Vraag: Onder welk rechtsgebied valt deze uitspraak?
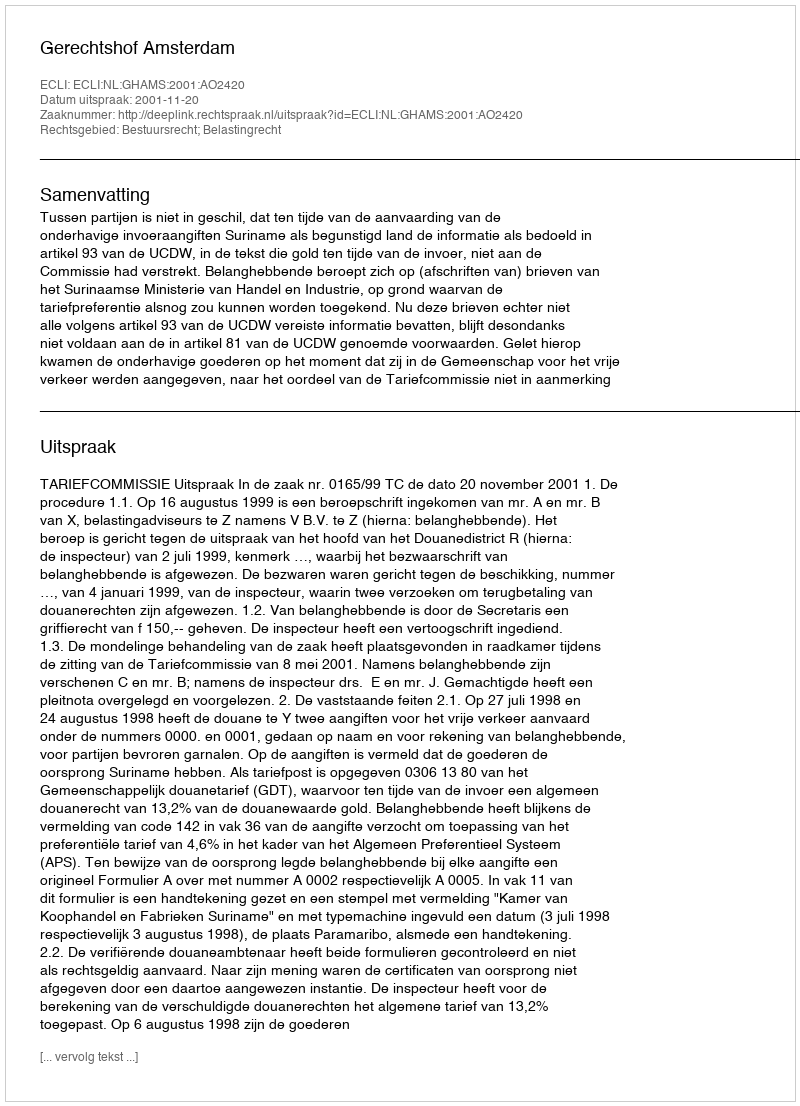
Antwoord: Bestuursrecht; Belastingrecht